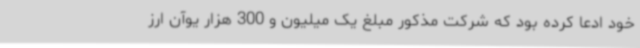
خود ادعا کرده بود که شرکت مذکور مبلغ یک میلیون و 300 هزار یوآن ارز